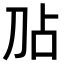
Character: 𫥸